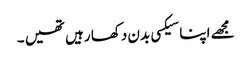
مجھے اپنا سیکسی بدن دکھا رہیں تھیں ۔